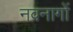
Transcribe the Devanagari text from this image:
नवनागों